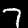
Label: 7